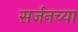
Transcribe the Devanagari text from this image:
सर्जनच्या